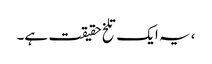
، یہ ایک تلخ حقیقت ہے۔